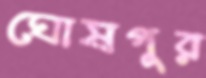
ঘোষপুর